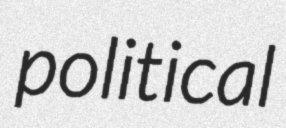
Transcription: political